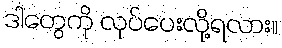
ဒါတွေကို လုပ်ပေးလို့ရလား။